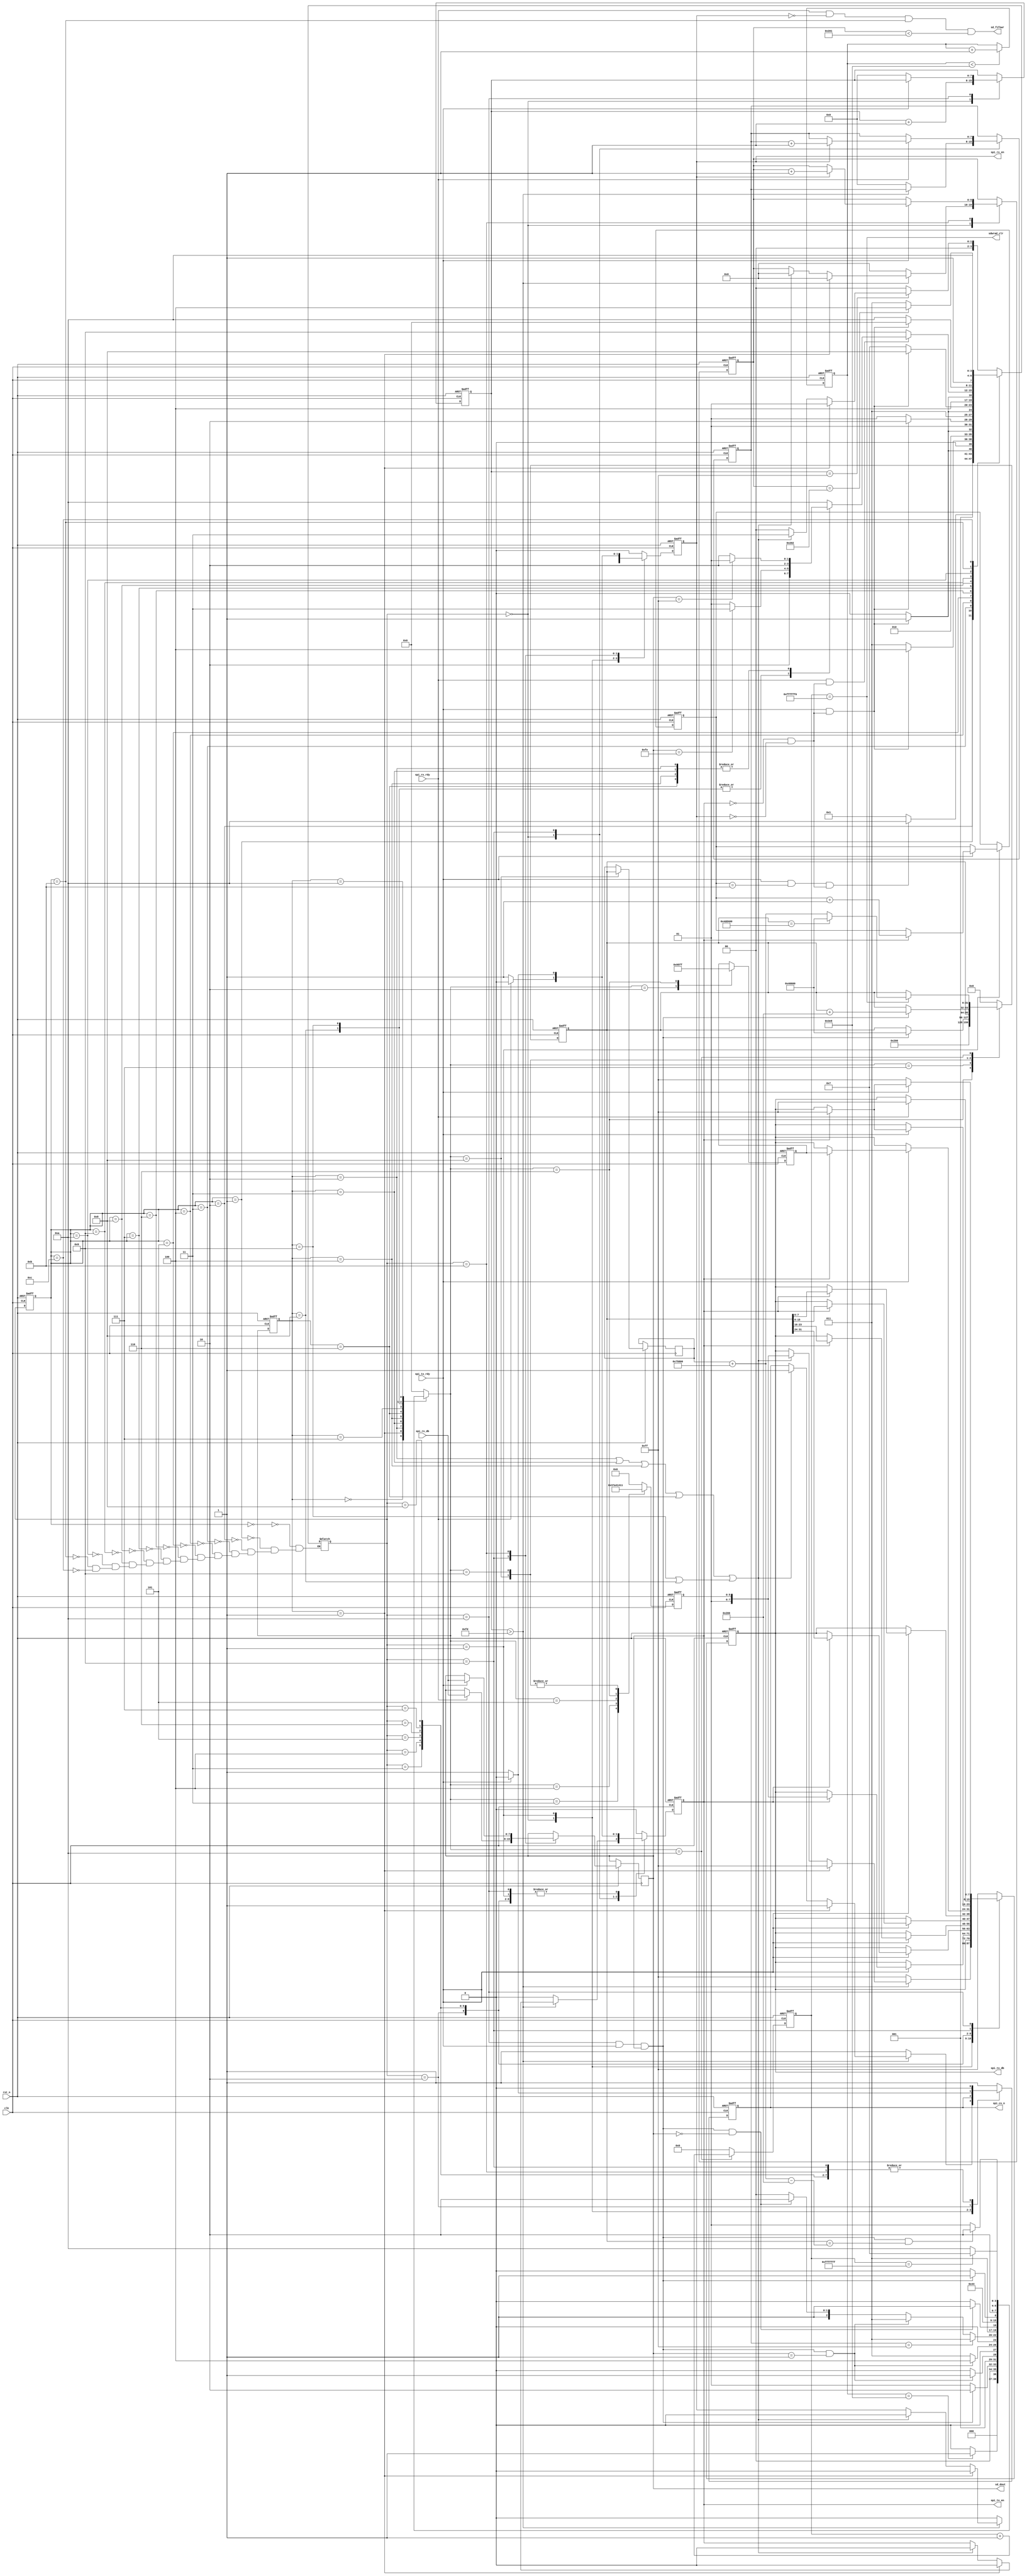
module sd_ctrl(
			clk,rst_n,
			spi_cs_n,
			spi_tx_en,spi_tx_rdy,spi_rx_en,spi_rx_rdy,
			spi_tx_db,spi_rx_db,
			sd_dout,sd_fifowr,sdwrad_clr
		);

input clk;		//FPAGʱź25MHz
input rst_n;	//FPGA븴λź

output spi_cs_n;	//SPI豸ʹźţ豸

output spi_tx_en;		//SPIݷʹźţЧ
input spi_tx_rdy;		//SPIݷɱ־λЧ
output spi_rx_en;		//SPIݽʹźţЧ
input spi_rx_rdy;		//SPIݽɱ־λЧ
output[7:0] spi_tx_db;	//SPIݷͼĴ
input[7:0] spi_rx_db;	//SPIݽռĴ

output[7:0] sd_dout;	//SDĴFIFO
output sd_fifowr;		//sdдFIFOʹźţЧ
output sdwrad_clr;		//SDRAMдź㸴λźţЧ

/**/
//ڲͬSDļϵͳпΪFAT16/32洢СҲпܲͬճݵַĲͬ
//ùûжļϵͳƣҪwinhex¶ʹõSD²
//ҪSDʹǰøʽȻ10800*6008λͼƬ
parameter	P0_ADDR		= 32'h0004_6600,		//һͼƬP0ַ
			P_MEM		= 32'h0007_5800,		//һ800*6008λͼƬʽSDռõĵַռ
			LAST_ADDR	= 32'h004d_d600;		//10ͼƬһַ
			
//assign sdwrad_clr = done_5s;
//------------------------------------------------------
//SDϵʼ
//	1. ʵʱȴSD
//	2. 74+spi_clkұspi_cs_n=1,spi_mosi=1 
//	3. CMD0ȴӦR1=8'h01: λIDLE״̬
//	4. CMD1ȴӦR1=8'h00: ĳʼ
//	5. CMD16ȴӦR1=8'h00: һζдBLOCKĳΪ512ֽ
//SDݶȡ
//	1. CMD17
//	2. նʼ0xfe
//	3. ȡ512ByteԼ2ByteCRC
//------------------------------------------------------
//ϵʱȴ
reg[9:0] delay_cnt;	//10bitʱ100040ns*1000=40us	

always @(posedge clk or negedge rst_n)
	if(!rst_n) delay_cnt <= 10'd0;
	else if(delay_cnt < 10'd1000) delay_cnt <= delay_cnt+1'b1;

wire delay_done = (delay_cnt == 10'd1000);	//40usʱʱɱ־λЧ	

//------------------------------------------------------
//sd״̬
reg[3:0] sdinit_cstate;		//sdʼǰ״̬Ĵ
reg[3:0] sdinit_nstate;		//sdʼһ״̬Ĵ

parameter	SDINIT_RST	= 4'd0,		//λȴ״̬
			SDINIT_CLK	= 4'd1,		//74+ʱӲ״̬
			SDINIT_CMD0 = 4'd2,		//CMD0״̬
			SDINIT_CMD55 = 4'd3,	//CMD55״̬
			SDINIT_ACMD41 = 4'd4,	//ACMD41״̬
			SDINIT_CMD1 = 4'd5,		//CMD1״̬
			SDINIT_CMD16 = 4'd6,	//CMD16״̬
			SD_IDLE 	= 4'd7,		//sdʼ״̬
			SD_RD_PT	= 4'd8,		//sdȡPartition Table
			SD_RD_BPB	= 4'd9,		//sdȡ״̬
			SD_DELAY	= 4'd10;	//sdʱȴ״̬

//״̬ת
always @(posedge clk or negedge rst_n)
	if(!rst_n) sdinit_cstate <= SDINIT_RST;
	else sdinit_cstate <= sdinit_nstate;

//״̬
always @(sdinit_cstate or retry_rep or delay_done or nclk_cnt 
			or cmd_rdy or spi_rx_dbr or arg or arg_r or done_5s) begin
	case(sdinit_cstate)
		SDINIT_RST: begin
			if(delay_done) sdinit_nstate <= SDINIT_CLK;	//ϵ40usʱɣ74+CLK״̬
			else sdinit_nstate <= SDINIT_RST;	//ȴϵ40usʱ
		end
		SDINIT_CLK:	begin
			if(cmd_rdy) sdinit_nstate <= SDINIT_CMD0;	//74+CLK
			else sdinit_nstate <= SDINIT_CLK;
		end
		SDINIT_CMD0: begin
			if(cmd_rdy && (spi_rx_dbr == 8'h01)) sdinit_nstate <= SDINIT_CMD55;
			else sdinit_nstate <= SDINIT_CMD0;
		end
		SDINIT_CMD55: begin
			if(cmd_rdy && (spi_rx_dbr == 8'h01)) sdinit_nstate <= SDINIT_ACMD41;
			else sdinit_nstate <= SDINIT_CMD55;
		end
		SDINIT_ACMD41: begin
			if(retry_rep == 8'hff) sdinit_nstate <= SDINIT_CMD55;	///////////ӦʱIDLE· 
			else if(cmd_rdy && spi_rx_dbr == 8'h01) sdinit_nstate <= SDINIT_CMD55; 
			else if(cmd_rdy && spi_rx_dbr == 8'h00) sdinit_nstate <= SDINIT_CMD16;
			else sdinit_nstate <= SDINIT_ACMD41;	
		end
	/*	SDINIT_CMD1: begin
			if(cmd_rdy) sdinit_nstate <= SDINIT_CMD16;
			else sdinit_nstate <= SDINIT_CMD1;
		end*/
		SDINIT_CMD16: begin
			if(cmd_rdy && (spi_rx_dbr == 8'h00)) sdinit_nstate <= SD_IDLE;
			else sdinit_nstate <= SDINIT_CMD16;
		end
		SD_IDLE: sdinit_nstate <= SD_RD_PT;
		SD_RD_PT: begin
			if(cmd_rdy) sdinit_nstate <= SD_RD_BPB;
			else sdinit_nstate <= SD_RD_PT;
		end
		SD_RD_BPB: begin
			if(cmd_rdy && arg == arg_r+P_MEM-32'h0000_0200) sdinit_nstate <= SD_DELAY;
			else sdinit_nstate <= SD_RD_BPB;
		end
		SD_DELAY: begin
			if(done_5s) sdinit_nstate <= SD_IDLE;	//ʾһͼƬ
			else sdinit_nstate <= SD_DELAY;
		end
	default: sdinit_nstate <= SDINIT_RST;
	endcase
end

//ݿ
always @(posedge clk or negedge rst_n) begin
	if(!rst_n) begin
			cmd <= 6'd0;	//Ĵ
			arg <= 32'd0;	//ͲĴ
			crc <= 8'd0;	//CRCУ
		end
	else
		case(sdinit_nstate)
			SDINIT_CMD0: begin
				cmd <= 6'd0;	//ĴCMD0
				arg <= 32'd0;	//ͲĴ	
				crc <= 8'h95;	//CMD0 CRCУ				
			end		
			SDINIT_CMD55: begin
				cmd <= 6'd55;	//ĴCMD55
				arg <= 32'd0;	//ͲĴ
				//crc <= 8'hff;	//CRCУ		
			end
			SDINIT_ACMD41: begin
				cmd <= 6'd41;	//ĴACMD41
				arg <= 32'd0;	//ͲĴ
				//crc <= 8'hff;	//CRCУ		
			end	
			SDINIT_CMD1: begin
				cmd <= 6'd1;	//Ĵ
				arg <= 32'd0;	//ͲĴ
				//crc <= 8'hff;	//CRCУ					
			end
			SDINIT_CMD16: begin
				cmd <= 6'd16;	//ĴCMD16
				arg <= 32'd512;	//ͲĴ512Byte		
				crc <= 8'hff;				
			end	
			SD_IDLE: begin
				cmd <= 6'd0;	
				if(cmd_rdy) arg <= P0_ADDR;//32'h0004_6600;	//bmp0ݴŵĵ1ַ			
			end		
			SD_RD_PT: begin
				cmd <= 6'd17;	//CMD17		
				arg_r <= arg;
				//if(cmd_rdy) arg <= arg+32'h0000_0200;
			end
			SD_RD_BPB: begin
				cmd <= 6'd17;	//CMD17
				if(cmd_rdy) arg <= arg+32'h0000_0200;	//ȡbmpݴŵĵ2-03ABH	
			end
			SD_DELAY: begin
				cmd <= 6'd0;
				//arg <= 32'h0004_6600;	//ȡbmpݴŵĵ1	
				//arg <= 32'h000b_be00;
				if(sdwrad_clr) begin	//ʾһͼƬ,̶10ͼƬѭʾ
					if(arg == LAST_ADDR-32'h0000_0200) arg <= P0_ADDR;//32'h0004_6600;
					else arg <= arg_r+P_MEM;
				end
			end
		default: begin
					cmd <= 6'd0;	//Ĵ
					arg <= 32'd0;	//ͲĴ			
				end
		endcase
end

//------------------------------------------------------
//2009.05.19	5.4sʱлͼƬָ
reg[27:0] cnt5s;	//5.4sʱ
reg[31:0] arg_r;	//ʼַĴ

	//5.4s
always @(posedge clk or negedge rst_n)
	if(!rst_n) cnt5s <= 28'd0;
	else if(sdinit_nstate == SD_DELAY) cnt5s <= cnt5s+1'b1;
	else cnt5s <= 28'd0;

wire sdwrad_clr = (cnt5s == 28'hffffff0);	//SDRAMдź㸴λźţЧ
wire done_5s = (cnt5s == 28'hfffffff);	//5.4sʱЧһʱ

//------------------------------------------------------
//SDCMDͿ
//	1. 8ʱ
//  2. SDƬѡCS,ƬѡЧ
//  3. 6ֽ
//	4. 1ֽӦ
//	5. SDƬѡCS,رSD
/*		ܹ6ֽʽ:
        0 -- start bit 
        1 -- host
        bit5-0 --  command
        bit31-0 -- argument
        bit6-0 -- CRC7
        1 -- end bit   
*/
//------------------------------------------------------
//sd״̬
reg[5:0] cmd;	//Ĵ
reg[31:0] arg;	//ͲĴ
reg[7:0] crc;	//CRCУ

reg spi_cs_nr;	//SPI豸ʹźţ豸
reg spi_tx_enr;	//SPIݷʹźţЧ
reg spi_rx_enr;	//SPIݽʹźţЧ
reg[7:0] spi_tx_dbr;	//SPIݷͼĴ
reg[7:0] spi_rx_dbr;	//SPIݽռĴ
reg[3:0] nclk_cnt;		//74+CLKڼ
reg[7:0] wait_cnt8;		//ȴ
reg[9:0] cnt512;	//ȡ512B
reg[7:0] retry_rep;		//ظȡrespone
reg[7:0] retry_cmd;		//ظǰ

assign spi_cs_n = spi_cs_nr;
assign spi_tx_en = spi_tx_enr;
assign spi_rx_en = spi_rx_enr;
assign spi_tx_db = spi_tx_dbr;
assign sd_dout = spi_rx_dbr;
	//ÿһֽݣλøһʱڣ512B
assign sd_fifowr = (spi_rx_rdy & ~spi_rx_enr & (cmd_cstate == CMD_RD) & (cnt512 < 10'd513));

wire cmd_clk = (sdinit_cstate == SDINIT_CLK);	//ϵʼʱ74+CLK״̬־λ
wire cmd_en = ((sdinit_cstate == SDINIT_CMD0) | (sdinit_cstate == SDINIT_CMD55) | (sdinit_cstate == SDINIT_ACMD41)//(sdinit_cstate == SDINIT_CMD1) 
					| (sdinit_cstate == SDINIT_CMD16));	//ʹܱ־λ,Ч
wire cmd_rdboot_en = (sdinit_cstate == SD_RD_BPB) | (sdinit_cstate == SD_RD_PT);	//ȡSDʹźţЧ	
wire cmd_rdy = ((cmd_nstate == CMD_CLKE) & spi_tx_rdy & spi_tx_enr);	//ɱ־λ,Ч

reg[3:0] cmd_cstate;	//ǰ״̬Ĵ
reg[3:0] cmd_nstate;	//һ״̬Ĵ
parameter	CMD_IDLE	= 4'd0,		//ͣȴ״̬
			CMD_NCLK	= 4'd1,		//ϵʼʱҪ74+CLK״̬
			CMD_CLKS	= 4'd2,		//8CLK״̬
			CMD_STAR	= 4'd3,		//ʼֽ״̬
			CMD_ARG1	= 4'd4,		//arg[31:24]״̬
			CMD_ARG2	= 4'd5,		//arg[23:16]״̬
			CMD_ARG3	= 4'd6,		//arg[15:8]״̬
			CMD_ARG4	= 4'd7,		//arg[7:0]״̬
			CMD_END		= 4'd8,		//ͽֽ״̬
			CMD_RES		= 4'd9,		//Ӧֽ
			CMD_CLKE	= 4'd10,	//8CLK״̬
			CMD_RD		= 4'd11,	//512Byte״̬
			CMD_DELAY	= 4'd12;	//дʱȴ״̬

//״̬ת
always @(posedge clk or negedge rst_n)
	if(!rst_n) cmd_cstate <= CMD_IDLE;
	else cmd_cstate <= cmd_nstate;

//״̬
always @(cmd_cstate or wait_cnt8 or cmd_clk or cmd_en or spi_tx_rdy or spi_rx_rdy or nclk_cnt or retry_rep
			or sdinit_cstate or spi_tx_enr or spi_rx_enr or cmd_rdboot_en or cnt512 or spi_rx_dbr) begin
	case(cmd_cstate)
			CMD_IDLE: begin
				if(wait_cnt8 == 8'hff)
					if(cmd_clk) cmd_nstate <= CMD_NCLK;
					else if(cmd_en | cmd_rdboot_en) cmd_nstate <= CMD_STAR;
					else cmd_nstate <= CMD_IDLE; 
				else cmd_nstate <= CMD_IDLE;
			end
			CMD_NCLK: begin
				if(spi_tx_rdy && (nclk_cnt == 4'd11) && (!spi_tx_enr & !spi_rx_enr)) cmd_nstate <= CMD_CLKE;
				else cmd_nstate <= CMD_NCLK;
			end
			CMD_CLKS: begin
				if(spi_tx_rdy && (!spi_tx_enr & !spi_rx_enr)) cmd_nstate <= CMD_STAR;
				else cmd_nstate <= CMD_CLKS;
			end
			CMD_STAR: begin
				if(spi_tx_rdy && (!spi_tx_enr & !spi_rx_enr)) cmd_nstate <= CMD_ARG1;
				else cmd_nstate <= CMD_STAR;
			end
			CMD_ARG1: begin
				if(spi_tx_rdy && (!spi_tx_enr & !spi_rx_enr)) cmd_nstate <= CMD_ARG2;
				else cmd_nstate <= CMD_ARG1;
			end
			CMD_ARG2: begin
				if(spi_tx_rdy && (!spi_tx_enr & !spi_rx_enr)) cmd_nstate <= CMD_ARG3;
				else cmd_nstate <= CMD_ARG2;
			end
			CMD_ARG3: begin
				if(spi_tx_rdy && (!spi_tx_enr & !spi_rx_enr)) cmd_nstate <= CMD_ARG4;
				else cmd_nstate <= CMD_ARG3;
			end
			CMD_ARG4: begin
				if(spi_tx_rdy && (!spi_tx_enr & !spi_rx_enr)) cmd_nstate <= CMD_END;
				else cmd_nstate <= CMD_ARG4;
			end
			CMD_END: begin
				if(spi_tx_rdy && (!spi_tx_enr & !spi_rx_enr)) cmd_nstate <= CMD_RES;
				else cmd_nstate <= CMD_END;
			end
			CMD_RES: begin
				if(retry_rep == 8'hff) cmd_nstate <= CMD_IDLE;	//ӦʱIDLE·
				if(spi_rx_rdy && (!spi_tx_enr & !spi_rx_enr)) begin
					case(sdinit_cstate) 		
						SD_RD_PT,SD_RD_BPB: 
									if(spi_rx_dbr == 8'hfe) cmd_nstate <= CMD_RD;	//յRDʼֽ8'hfe,ȡ512B
									else cmd_nstate <= CMD_RES; 
						SDINIT_CMD0,SDINIT_CMD55,SDINIT_ACMD41,SDINIT_CMD16:
									if(spi_rx_dbr == 8'hff) cmd_nstate <= CMD_RES;	
									else cmd_nstate <= CMD_CLKE;	//ȷӦ,ǰ
						default: cmd_nstate <= CMD_CLKE;
						endcase
				end
				else cmd_nstate <= CMD_RES;			
			end
			CMD_CLKE: begin
				if(spi_tx_rdy && (!spi_tx_enr & !spi_rx_enr)) cmd_nstate <= CMD_IDLE;
				else cmd_nstate <= CMD_CLKE;
			end
			CMD_RD: begin
				if(cnt512 == 10'd514) cmd_nstate <= CMD_DELAY;	//ֱȡ512ֽ+2ֽCRC
				else cmd_nstate <= CMD_RD;
			end
			CMD_DELAY: begin
				cmd_nstate <= CMD_CLKE;
			end
		default: ;
		endcase
end

//ݿ
always @(posedge clk or negedge rst_n) begin
	if(!rst_n) begin
			spi_cs_nr <= 1'b1;
			spi_tx_enr <= 1'b0;
			spi_rx_enr <= 1'b0;
			spi_tx_dbr <= 8'hff;
			nclk_cnt <= 4'd0;	//74+CLKڼ
			wait_cnt8 <= 8'hff;	//ȴ
			cnt512 <= 10'd0;
			retry_rep <= 8'd0;
			retry_cmd <= 8'd0;	//ǰCMDʹ
		end
	else 
		case(cmd_nstate)
			CMD_IDLE: begin
				wait_cnt8 <= wait_cnt8+1'b1;
				if(wait_cnt8 > 8'hfd) begin	
					if(cmd_clk) begin
						spi_cs_nr <= 1'b1;
						spi_tx_enr <= 1'b0;
						spi_rx_enr <= 1'b0;
						spi_tx_dbr <= 8'hff;
						cnt512 <= 10'd0;
						end
					else if(cmd_en | cmd_rdboot_en) begin
						cnt512 <= 10'd0;
						spi_cs_nr <= 1'b1;	//SDƬѡCSЧ
						spi_tx_enr <= 1'b0;	//SPIʹЧλʱر
						spi_rx_enr <= 1'b0;
						spi_tx_dbr <= {2'b01,cmd};	//ʼֽݷͼĴ						
						end
					end
				else begin
					spi_cs_nr <= 1'b1;
					spi_tx_enr <= 1'b0;
					spi_rx_enr <= 1'b0;
					spi_tx_dbr <= 8'hff;
					cnt512 <= 10'd0;	
					retry_rep <= 8'd0;			
					end
			end
			CMD_NCLK: begin
				if(spi_tx_rdy) begin
					spi_tx_enr <= 1'b0;	//SPIʹЧλʱر
					if(spi_tx_enr) nclk_cnt <= nclk_cnt+1'b1;	//74+CLKڼ
					end
				else if(!spi_tx_enr) begin
					spi_tx_enr <= 1'b1;	//SPIʹЧλ				
					end			
			end			
			CMD_CLKS: begin
				if(spi_tx_rdy) begin
					spi_cs_nr <= 1'b0;	//SDƬѡCSЧ
					spi_tx_enr <= 1'b0;	//SPIʹЧλʱر
					spi_rx_enr <= 1'b0;
					if(spi_tx_enr) spi_tx_dbr <= {2'b01,cmd};	//ʼֽݷͼĴ
					end
				else begin
					spi_cs_nr <= 1'b1;
					spi_tx_enr <= 1'b1;	//SPIʹЧλ
					spi_rx_enr <= 1'b0;				
					end
			end
			CMD_STAR: begin
				if(spi_tx_rdy) begin
					spi_cs_nr <= 1'b0;	//SDƬѡCSЧ
					spi_tx_enr <= 1'b0;	//SPIʹЧλʱر
					spi_rx_enr <= 1'b0;
					if(spi_tx_enr) spi_tx_dbr <= arg[31:24];	//arg[31:24]ݷͼĴ
					end
				else begin
					spi_cs_nr <= 1'b0;	//SDƬѡCSЧ
					spi_tx_enr <= 1'b1;	//SPIʹЧλ
					spi_rx_enr <= 1'b0;					
					end
			end
			CMD_ARG1: begin
				if(spi_tx_rdy) begin
					spi_cs_nr <= 1'b0;	//SDƬѡCSЧ
					spi_tx_enr <= 1'b0;	//SPIʹЧλʱر
					spi_rx_enr <= 1'b0;
					if(spi_tx_enr) spi_tx_dbr <= arg[23:16];	//arg[23:16]ݷͼĴ
					end
				else begin
					spi_cs_nr <= 1'b0;	//SDƬѡCSЧ
					spi_tx_enr <= 1'b1;	//SPIʹЧλ
					spi_rx_enr <= 1'b0;					
					end
			end
			CMD_ARG2: begin
				if(spi_tx_rdy) begin
					spi_cs_nr <= 1'b0;	//SDƬѡCSЧ
					spi_tx_enr <= 1'b0;	//SPIʹЧλʱر
					spi_rx_enr <= 1'b0;
					if(spi_tx_enr) spi_tx_dbr <= arg[15:8];	//arg[15:8]ݷͼĴ
					end
				else begin
					spi_cs_nr <= 1'b0;	//SDƬѡCSЧ
					spi_tx_enr <= 1'b1;	//SPIʹЧλ
					spi_rx_enr <= 1'b0;					
					end
			end
			CMD_ARG3: begin
				if(spi_tx_rdy) begin
					spi_cs_nr <= 1'b0;	//SDƬѡCSЧ
					spi_tx_enr <= 1'b0;	//SPIʹЧλʱر
					spi_rx_enr <= 1'b0;
					if(spi_tx_enr) spi_tx_dbr <= arg[7:0];	//arg[7:0]ݷͼĴ					
					end
				else begin
					spi_cs_nr <= 1'b0;	//SDƬѡCSЧ
					spi_tx_enr <= 1'b1;	//SPIʹЧλ
					spi_rx_enr <= 1'b0;					
					end
			end
			CMD_ARG4: begin
				if(spi_tx_rdy) begin
					spi_cs_nr <= 1'b0;	//SDƬѡCSЧ
					spi_tx_enr <= 1'b0;	//SPIʹЧλʱر
					spi_rx_enr <= 1'b0;
					if(spi_tx_enr) spi_tx_dbr <= crc;	//CRCУ		//8'h95;	//RESETЧCRCЧ
					end
				else begin
					spi_cs_nr <= 1'b0;	//SDƬѡCSЧ
					spi_tx_enr <= 1'b1;	//SPIʹЧλ
					spi_rx_enr <= 1'b0;					
					end
			end	
			CMD_END: begin
				if(spi_tx_rdy) begin
					spi_cs_nr <= 1'b0;	//SDƬѡCSЧ
					spi_tx_enr <= 1'b0;	//SPIʹЧλʱر
					spi_rx_enr <= 1'b0;
					if(spi_tx_enr) begin
						spi_tx_dbr <= 8'hff;
						retry_cmd <= retry_cmd+1'b1;	//ǰCMDʹ1
						end
					end
				else begin
					spi_cs_nr <= 1'b0;	//SDƬѡCSЧ
					spi_tx_enr <= 1'b1;	//SPIʹЧλ
					spi_rx_enr <= 1'b0;					
					end
			end						
			CMD_RES: begin
				if(spi_rx_rdy) begin
					spi_cs_nr <= 1'b0;
					spi_tx_enr <= 1'b0;	
					spi_rx_enr <= 1'b0;	//SPIʹܹر
					spi_tx_dbr <= 8'hff;					
					spi_rx_dbr <= spi_rx_db;	//SPIӦֽ
					if(spi_rx_enr) retry_rep <= retry_rep+1'b1;
					end
				else begin
					spi_cs_nr <= 1'b0;	//SDƬѡCSЧ	
					spi_tx_enr <= 1'b1;	//SPIʹܿ	
					spi_rx_enr <= 1'b1;	//SPIʹܿ				
					end
			end
			CMD_CLKE: begin
				if(spi_tx_rdy) begin
					spi_cs_nr <= 1'b1;
					spi_tx_enr <= 1'b0;	//SPIʹЧλʱر
					spi_rx_enr <= 1'b0;
					if(spi_tx_enr) spi_tx_dbr <= 8'hff;
					retry_cmd <= 8'd0;	//ǰCMDʹ
					end
				else begin
					spi_cs_nr <= 1'b1;
					spi_tx_enr <= 1'b1;	//SPIʹЧλ
					spi_rx_enr <= 1'b0;
					spi_tx_dbr <= 8'hff;
					wait_cnt8 <= 4'd0;
					end
			end
			CMD_RD: begin
				if(spi_tx_rdy) begin
					spi_cs_nr <= 1'b0;
					spi_tx_enr <= 1'b0;	
					spi_rx_enr <= 1'b0;		//SPIʹʱر
					spi_tx_dbr <= 8'hff;			
					spi_rx_dbr <= spi_rx_db;	//SPIӦֽ
					if(spi_rx_enr) cnt512 <= cnt512+1'b1;					
				end
				else begin
					spi_cs_nr <= 1'b0;
					spi_tx_enr <= 1'b0;	
					spi_rx_enr <= 1'b1;	//SPIʹܿ
					spi_tx_dbr <= 8'hff;							
				end
			end
			CMD_DELAY: begin
				spi_cs_nr <= 1'b1;
				spi_tx_enr <= 1'b0;
				spi_rx_enr <= 1'b0;
				spi_tx_dbr <= 8'hff;		
			end
		default: begin
			spi_cs_nr <= 1'b1;
			spi_tx_enr <= 1'b0;
			spi_rx_enr <= 1'b0;
			spi_tx_dbr <= 8'hff;
		end
		endcase
end

//------------------------------------------------------
//


//------------------------------------------------------
//















endmodule